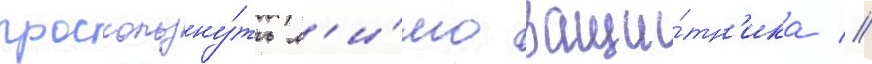
проскользну́ть м'и́мо защи́тн'ика //